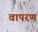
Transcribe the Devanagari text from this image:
वापरणं